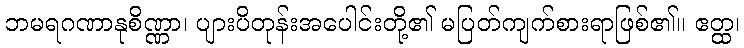
ဘမရဂဏာနုစိဏ္ဏာ၊ ပျားပိတုန်းအပေါင်းတို့၏ မပြတ်ကျက်စားရာဖြစ်၏။ ဧတ္ထ၊